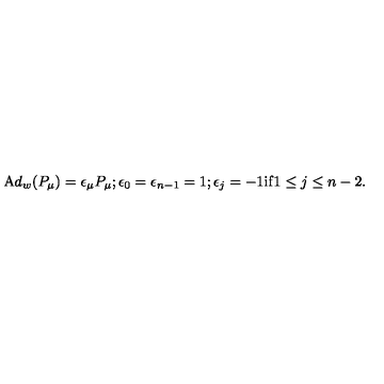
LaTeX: { \mathrm A d } _ { w } ( P _ { \mu } ) = \epsilon _ { \mu } P _ { \mu } ; \epsilon _ { 0 } = \epsilon _ { n - 1 } = 1 ; \epsilon _ { j } = - 1 \mathrm { i f } 1 \leq j \leq n - 2 .